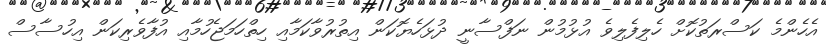
އެހެންމެ ކަސްރަތުކޮށް ހެލިފެލިވެ އުޅުމުން ނަފްސާނީ ދުޅަހެޔޮކަން އިތުރުވާކަމާއި ހިތްހަމަޖެހުމާއި އުފާވެރިކަން އިހުސާސް